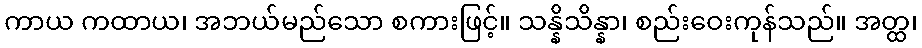
ကာယ ကထာယ၊ အဘယ်မည်သော စကားဖြင့်။ သန္နိသိန္နာ၊ စည်းဝေးကုန်သည်။ အတ္ထ၊